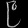
Digit: ၉